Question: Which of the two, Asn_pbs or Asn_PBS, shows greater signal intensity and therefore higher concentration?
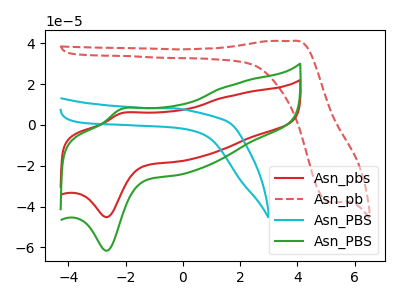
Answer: <think>The red curve "Asn_pbs" has an anodic peak at (-2.15V, 5.65uA) and a cathodic peak at (-2.70V, -45.15uA). The red dashed curve "Asn_pb" has an anodic peak at (3.75V, 41.10uA) and a cathodic peak at (5.20V, -37.90uA). The cyan curve "Asn_PBS" has no peaks. The green curve "Asn_PBS" has an anodic peak at (-2.15V, 7.70uA) and a cathodic peak at (-2.70V, -61.60uA).
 All the peaks in "Asn_pbs" have a peak in "Asn_PBS" at the same potential. Every peak in "Asn_pbs" is lower than every peak in "Asn_PBS".</think>
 <answer>"Asn_pbs" has less signal than "Asn_PBS" and so likely has a lower concentration.</answer>
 <eval>less_concentration</eval>